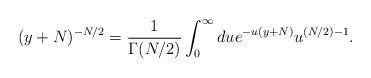
LaTeX: \begin{align*}(y+N)^{-N/2} = \frac{1}{\Gamma(N/2)}\int_0^{\infty}du e^{-u(y+N)}u^{(N/2)-1}.\end{align*}